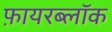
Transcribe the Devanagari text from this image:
फ़ायरब्लॉक